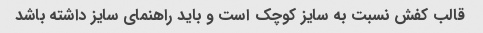
قالب کفش نسبت به سایز کوچک است و باید راهنمای سایز داشته باشد